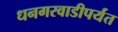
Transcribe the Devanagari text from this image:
धनगरवाडीपर्यंत